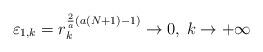
LaTeX: \begin{align*}\varepsilon_{1,k} = r_k^{\frac{2}{a} (a(N+1) -1)} \to 0, \; k \to +\infty\end{align*}